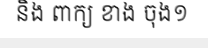
និង ពាក្យ ខាង ចុង១